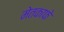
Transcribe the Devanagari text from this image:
मेतकाफे